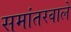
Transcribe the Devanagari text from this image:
समांतरवाले